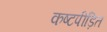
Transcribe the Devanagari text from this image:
कष्टपीड़ित